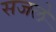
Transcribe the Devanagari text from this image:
सजले